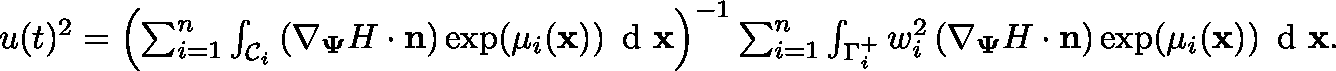
\begin{array} { r } { u ( t ) ^ { 2 } = \left( \sum _ { i = 1 } ^ { n } \int _ { \mathcal { C } _ { i } } \left( \nabla _ { \mathbf { \Psi } } H \cdot \mathbf { n } \right) \exp ( \mu _ { i } ( \mathbf { x } ) ) \, \textup { d } \mathbf { x } \right) ^ { - 1 } \sum _ { i = 1 } ^ { n } \int _ { \Gamma _ { i } ^ { + } } w _ { i } ^ { 2 } \left( \nabla _ { \mathbf { \Psi } } H \cdot \mathbf { n } \right) \exp ( \mu _ { i } ( \mathbf { x } ) ) \, \textup { d } \mathbf { x } . } \end{array}